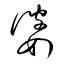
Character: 婆